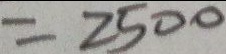
= 2 5 0 0